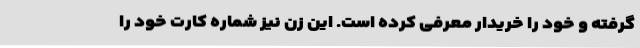
گرفته و خود را خریدار معرفی کرده است. این زن نیز شماره کارت خود را